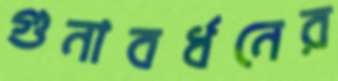
গুনাবর্ধনের